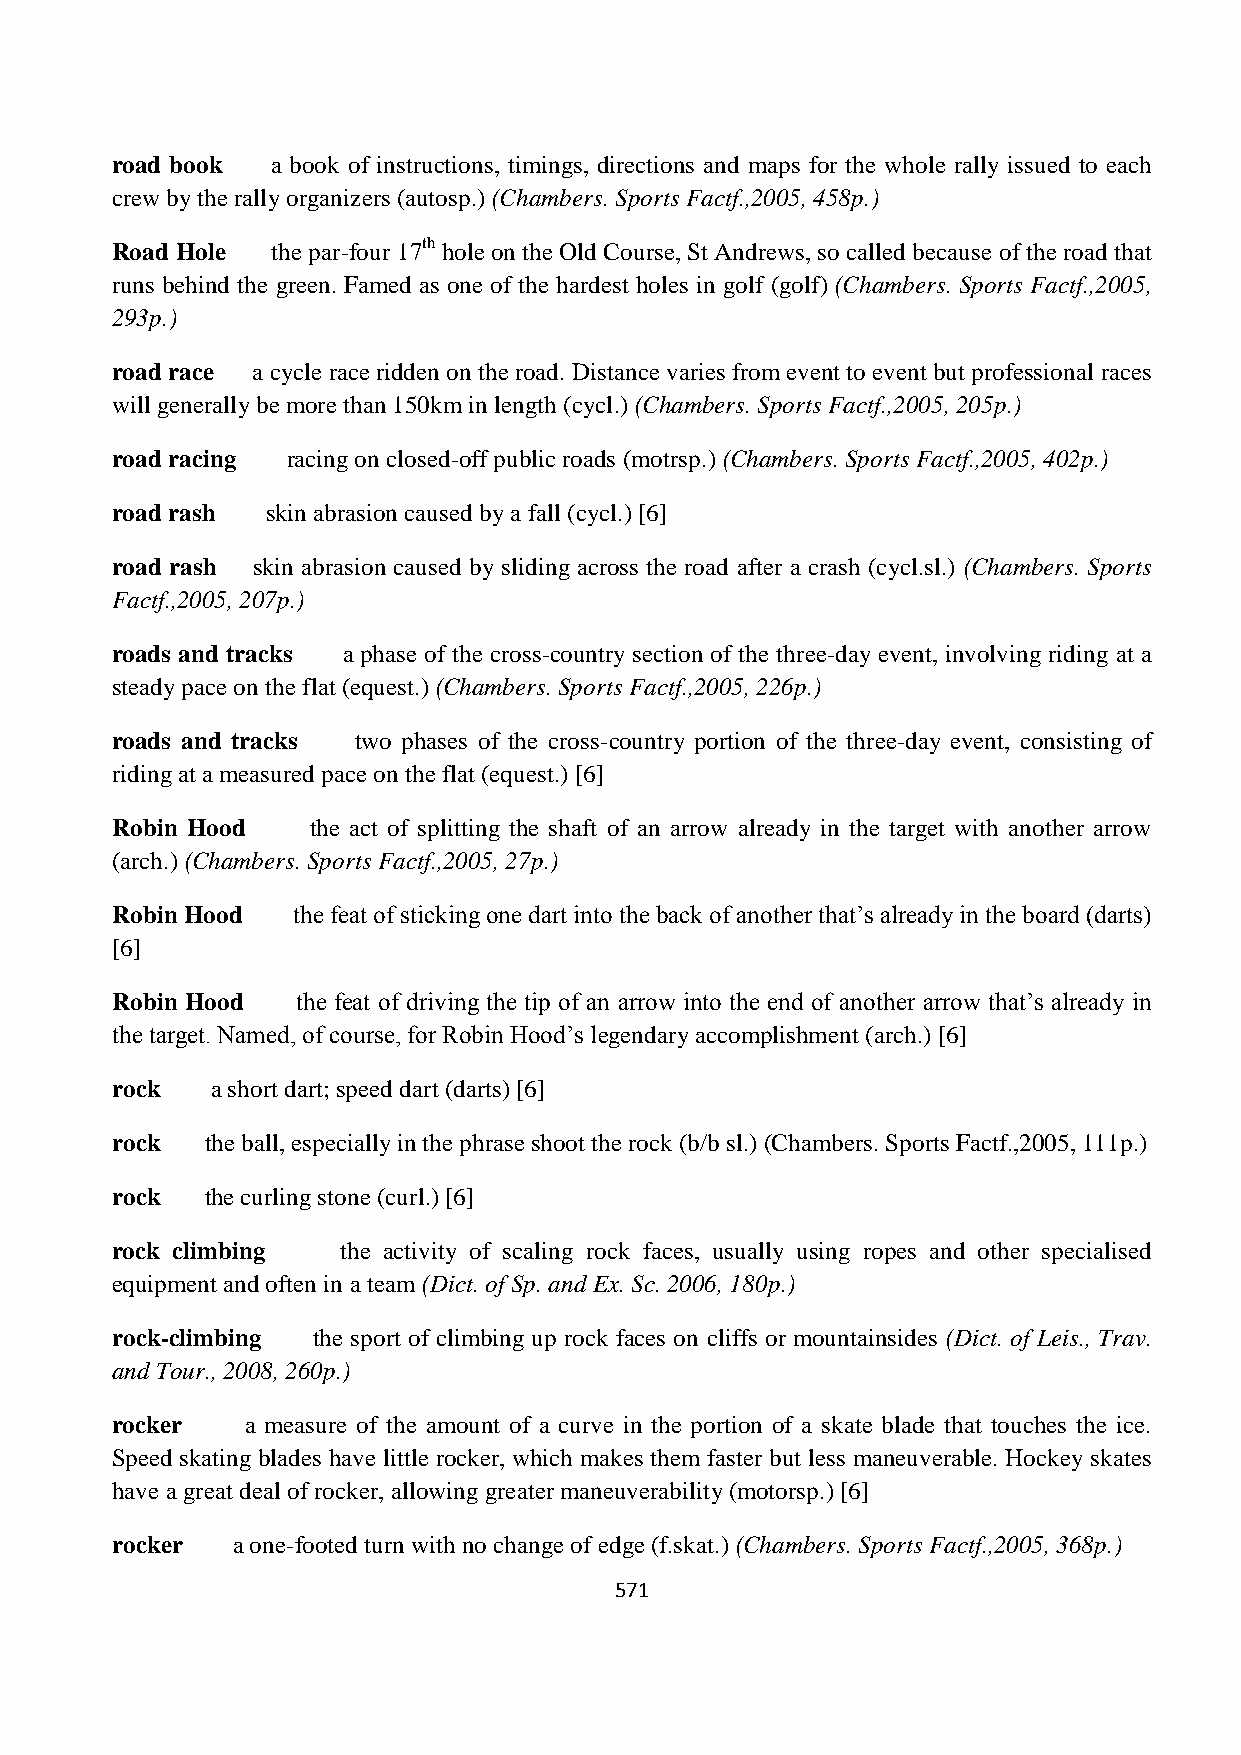
road book  a book of instructions, timings, directions and maps for the whole rally issued to each
 crew by the rally organizers (autosp.) (Chambers. Sports Factf.,2005, 458p.)
 Road Hole  the par-four 17th hole on the Old Course, St Andrews, so called because of the road that
 runs behind the green. Famed as one of the hardest holes in golf (golf) (Chambers. Sports Factf.,2005,
 293p.)
 road race a cycle race ridden on the road. Distance varies from event to event but professional races
 will generally be more than 150km in length (cycl.) (Chambers. Sports Factf.,2005, 205p.)
 road racing racing on closed-off public roads (motrsp.) (Chambers. Sports Factf.,2005, 402p.)
 road rash  skin abrasion caused by a fall (cycl.) [6]
 road rash skin abrasion caused by sliding across the road after a crash (cycl.sl.) (Chambers. Sports
 Factf.,2005, 207p.)
 roads and tracks a phase of the cross-country section of the three-day event, involving riding at a
 steady pace on the flat (equest.) (Chambers. Sports Factf.,2005, 226p.)
 roads and tracks two phases of the cross-country portion of the three-day event, consisting of
 riding at a measured pace on the flat (equest.) [6]
 Robin Hood    the act of splitting the shaft of an arrow already in the target with another arrow
 (arch.) (Chambers. Sports Factf.,2005, 27p.)
 Robin Hood  the feat of sticking one dart into the back of another that’s already in the board (darts)
 [6]
 Robin Hood   the feat of driving the tip of an arrow into the end of another arrow that’s already in
 the target. Named, of course, for Robin Hood’s legendary accomplishment (arch.) [6]
 rock   a short dart; speed dart (darts) [6]
 rock   the ball, especially in the phrase shoot the rock (b/b sl.) (Chambers. Sports Factf.,2005, 111p.)
 rock   the curling stone (curl.) [6]
 rock climbing  the activity of scaling rock faces, usually using ropes and other specialised
 equipment and often in a team (Dict. of Sp. and Ex. Sc. 2006, 180p.)
 rock-climbing the sport of climbing up rock faces on cliffs or mountainsides (Dict. of Leis., Trav.
 and Tour., 2008, 260p.)
 rocker   a measure of the amount of a curve in the portion of a skate blade that touches the ice.
 Speed skating blades have little rocker, which makes them faster but less maneuverable. Hockey skates
 have a great deal of rocker, allowing greater maneuverability (motorsp.) [6]
 rocker  a one-footed turn with no change of edge (f.skat.) (Chambers. Sports Factf.,2005, 368p.)
 571